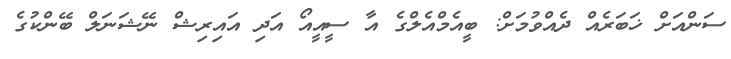
ސަންއަށް ޚަބަރެއް ދެއްވުމަށް: ބީއެމްއެލްގެ އާ ސީއީއޯ އަދި އައިރިޝް ނޭޝަނަލް ބޭންކުގެ